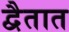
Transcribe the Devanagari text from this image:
द्वैतात